Indian journal of veterinary science and animal husbandry - Volume 5,
Year: 1935
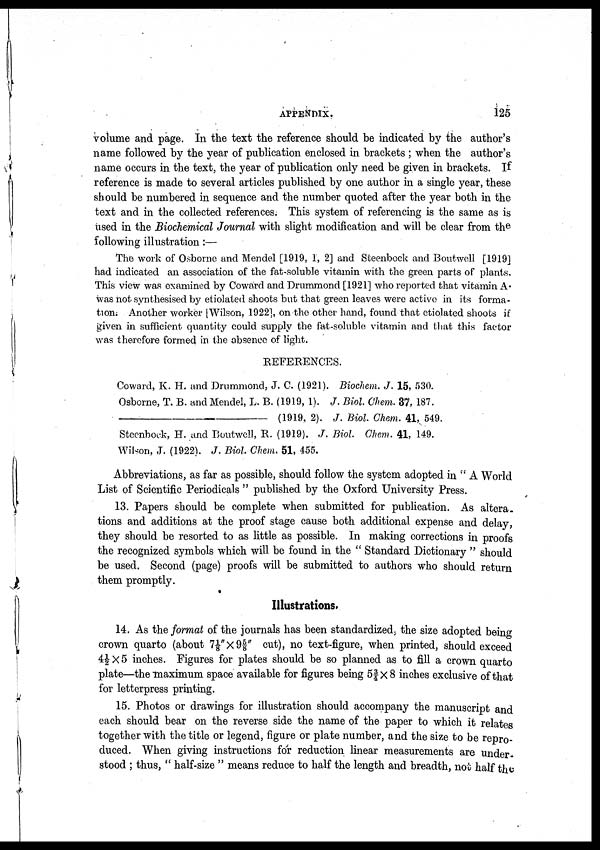
APPENDIX.
125
volume and page. In the text the reference should be indicated by the author's
name followed by the year of publication enclosed in brackets ; when the author's
name occurs in the text, the year of publication only need be given in brackets. If
reference is made to several articles published by one author in a single year, these
should be numbered in sequence and the number quoted after the year both in the
text and in the collected references. This system of referencing is the same as is
used in the Biochemical Journal with slight modification and will be clear from the
following illustration:—
The work of Osborne and Mendel [1919, 1, 2] and Steenbock and Boutwell [1919]
had indicated an association of the fat-soluble vitamin with the green parts of plants.
This view was examined by Coward and Drummond [1921] who reported that vitamin A.
was not synthesised by etiolated shoots but that green leaves were active in its forma
tion. Another worker [Wilson, 1922], on the other hand, found that etiolated shoots if
given in sufficient quantity could supply the fat-soluble, vitamin and that this factor
was therefore formed in the absence of light.
REFERENCES.
Coward, K. H. and Drummond, J. C. (1921). Biochem. J. 15, 530.
Osborne, T. B. and Mendel, L. B. (1919, 1). J. Biol. Chem. 37, 187.
————————————— (1919, 2). J. Biol. Chem. 41, 549.
Steenbock, H. and Boutwell, R. (1919). J. Biol Chem. 41, 149.
Wilson, J. (1922). J. Biol. Chem. 51, 455.
Abbreviations, as far as possible, should follow the system adopted in " A World
List of Scientific Periodicals " published by the Oxford University Press.
13. Papers should be complete when submitted for publication. As altera-
tions and additions at the proof stage cause both additional expense and delay,
they should be resorted to as little as possible. In making corrections in proofs
the recognized symbols which will be found in the " Standard Dictionary " should
be used. Second (page) proofs will be submitted to authors who should return
them promptly.
Illustrations.
14. As the format of the journals has been standardized, the size adopted being
crown quarto (about 7⅛"× 9 ⅝" cut), no text-figure, when printed, should exceed
4½ × 5 inches. Figures for plates should be so planned as to fill a crown quarto
plate—the maximum space available for figures being 5¾ × 8 inches exclusive of that
for letterpress printing.
15. Photos or drawings for illustration should accompany the manuscript and
each should bear on the reverse side the name of the paper to which it relates
together with the title or legend, figure or plate number, and the size to be repro
duced. When giving instructions for reduction linear measurements are under
stood ; thus, " half-size " means reduce to half the length and breadth, not half the